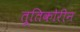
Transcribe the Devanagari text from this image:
तूतिकोरीन